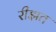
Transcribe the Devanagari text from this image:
रीझत